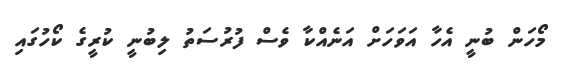
މޯހަން ބުނީ އެހާ އަވަހަށް އަނެއްކާ ވެސް ފުރުސަތު ލިބުނީ ކުރީގެ ކޯހުގައި